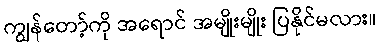
ကျွန်တော့်ကို အရောင် အမျိုးမျိုး ပြနိုင်မလား။